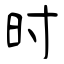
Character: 时